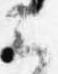
云